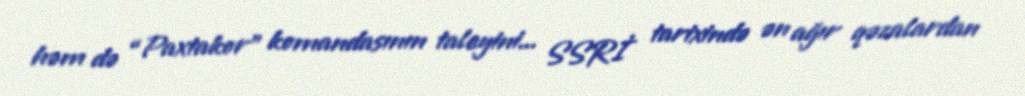
həm də “Paxtakor” komandasının taleyini... SSRİ tarixində ən ağır qəzalardan